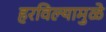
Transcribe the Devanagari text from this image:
हरविल्यामुळे